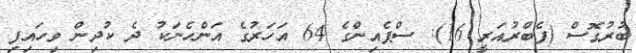
ބުރުގޮސް (ފެބްރުއަރީ 16): ސްޕެއިންގެ 64 އަހަރުގެ އަންހެނަކު ދެ ކުދިން ވިހައިފި